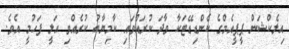
އިލެކްޝަން ޕީީޕީއެމްގެ ކެންޑިޑޭޓަކާ ވާދަ ކުރައްވައި ކާމިޔާބު ކުރެއްވި އަލީ ފަހުމީ އެވެ.